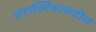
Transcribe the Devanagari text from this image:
अंटार्क्टिकाकडील